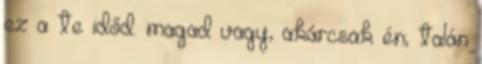
ez a te időd. magad vagy, akárcsak én; talán